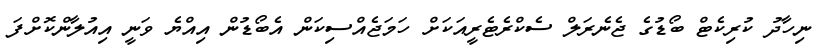
ނިހާދު ކުރިކެޓް ބޯޑުގެ ޖެނެރަލް ސެކްރެޓެރީއަކަށް ހަމަޖެއްސިކަން އެބޯޑުން އިއްޔެ ވަނީ އިއުލާންކޮށްފަ